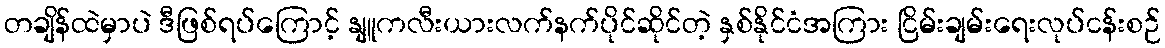
တချိန်ထဲမှာပဲ ဒီဖြစ်ရပ်ကြောင့် နျူကလီးယားလက်နက်ပိုင်ဆိုင်တဲ့ နှစ်နိုင်ငံအကြား ငြိမ်းချမ်းရေးလုပ်ငန်းစဉ်